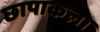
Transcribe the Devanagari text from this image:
छापाकला